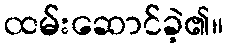
ထမ်းဆောင်ခဲ့၏။